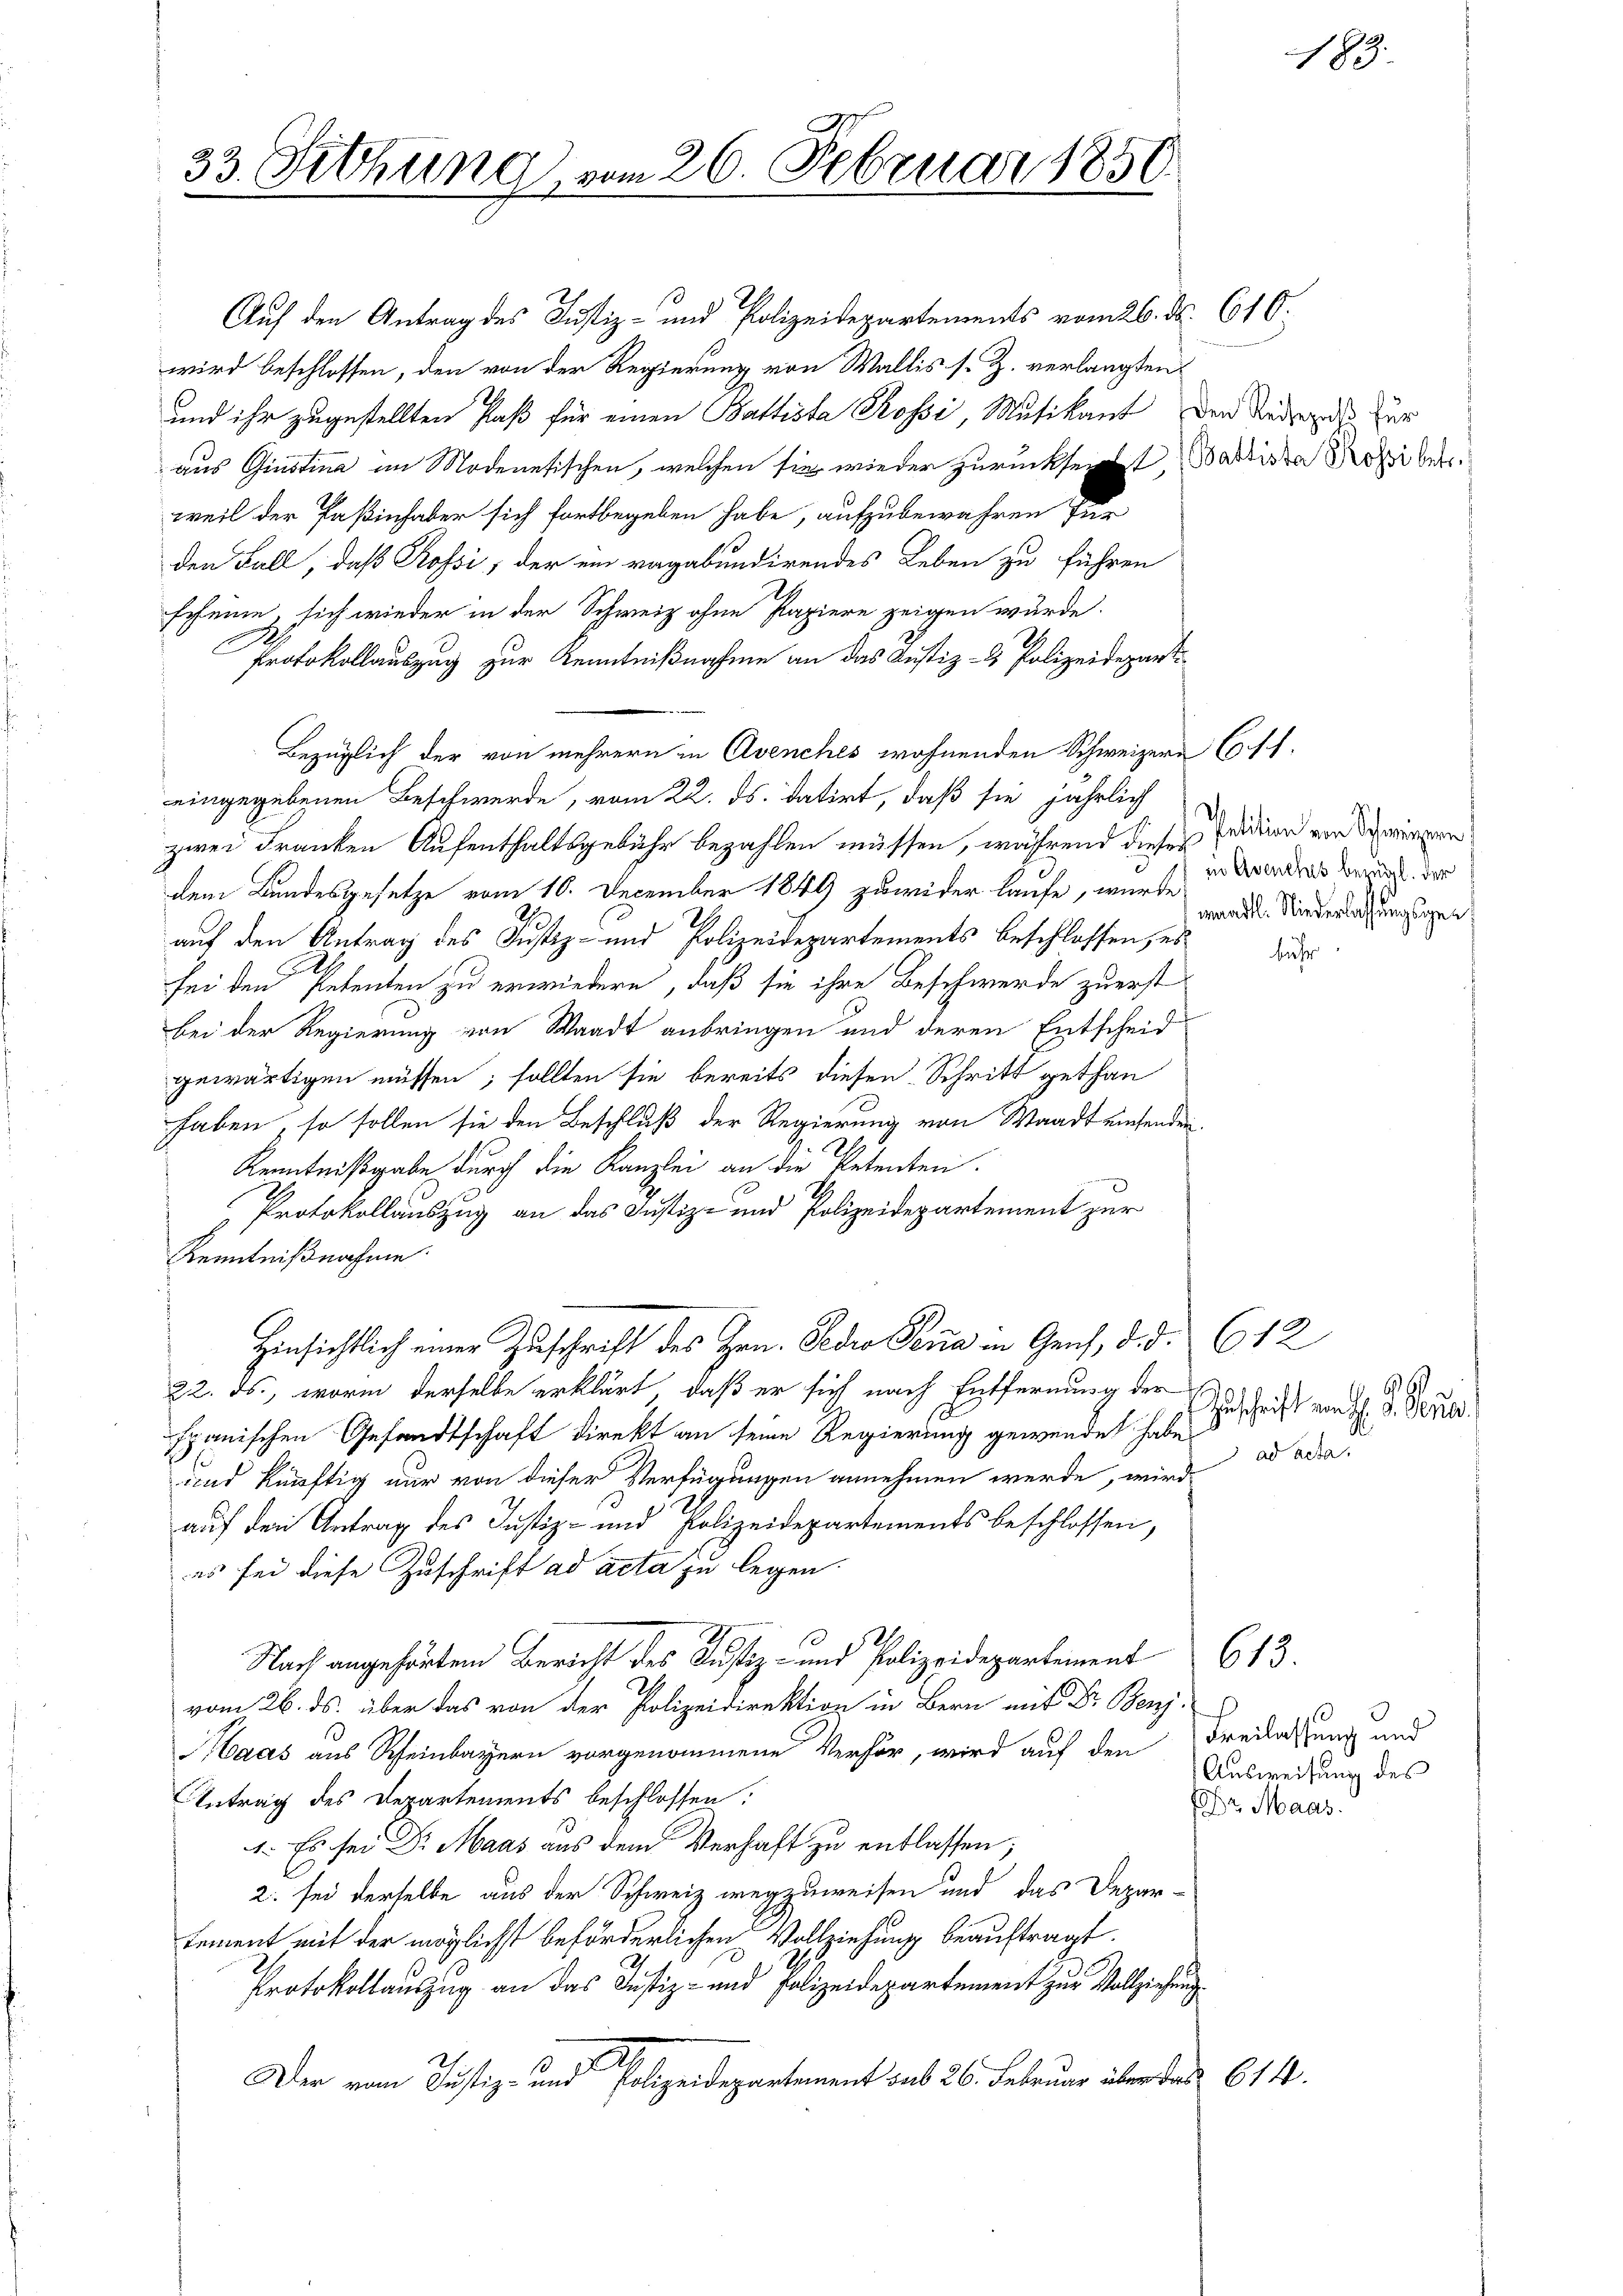
33. Fethung, vom 26. Februar 1851

Auf den Antrag des Justiz- und Polizeidepartements vom 26. ds. 610.
wird beschlossen, den von der Regierung von Wallis s. Z. verlangten
und ihr zugestellten Paß für einen Battista Rossi, Musikant den Reisers zur
aus Ginstina im Modenesischen, welchen sie wieder zurücksicht, Satiste Freiber
weil der Paßinhaber sich fortbegeben habe, aufzubewahren für
den Fall, daß Rossi, der ein ragabundirendes Leben zu führen
scheine, sich wieder in der Schweiz ohne Papiere zeigen wurde.
.
Protokollauszug zur Kenntnißnahme an das Justiz- & Polizeidepart
Bezüglich der von mehrern in Avenches wohnenden Schweizern (s. f. 1.
eingegebenen Beschwerde, vom 22. ds. datirt, daß sie jährlich
zwei Franken Aufenthaltsgebühr bezahlen müssen, während dieser Erden und Schwurgern
dem Bundesgesetze vom 10. December 1849 zuwider laufe, wurde
2
auf den Antrag des Justiz- und Polizeidepartements beschlossen, es
sei den Petenten zu erwiedern, daß sie ihre Beschwerde zuerst
bei der Regierung von Waadt anbringen und deren Entscheid
gewärtigen müssen; sollten sie bereits diesen Schritt gethan
haben, so sollen sie den Beschluß der Regierung von Waadt einsenden.
Kenntnißgabe durch die Kanzlei an die Petenten.
Protokollauszug an das Justiz- und Polizeidepartement zur
Kenntnißnahme.
Hinsichtlich einer Zuschrift des Hrn. Bedro Sena in Gens, d. d. 612
22. ds., worin derselbe erklärt, daß er sich nach Entfernung der
spanischen Gesandtschaft direkt an seine Regierung gewendet habe
und künftig nur von dieser Verfügungen annehmen werde, wird
auf den Antrag des Justiz- und Polizeidepartements beschlossen,
es sei diese Zuschrift ad acta zu legen.
Nach angehörten Bericht des Justiz- und Polizeidepartement 613.
vom 26. ds. über das von der Polizeidirektion in Bern mit Dr. Benj
Haas aus Scheinbayern vorgenommene Verhör, wird auf den Freilassung und
Antrag des Departements beschlossen:
r Maas
1. Es sei Dr. Maas aus dem Verhaft zu entlassen;
2. sei derselbe aus der Schweiz wegzuweisen und das Depar-
tement mit der möglichst beförderlichen Vollziehung beauftragt.
Protokollauszug an das Justiz- und Polizeidepartement zur Vollziehung
2
Der vom Justiz- und Polizeidepartement sub 26. Februar über das 614.

in Avenches berugl. der
waadtl. Niederlassungsge¬

bi

183.

Zuschrift von H. V. Pers
ad acter

Ausweisung des